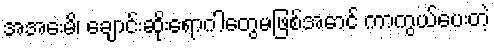
အအေးမိ၊ ချောင်းဆိုးရောဂါတွေမဖြစ်အောင် ကာကွယ်ပေးတဲ့